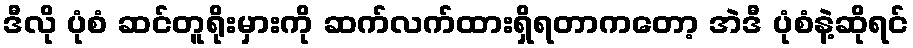
ဒီလို ပုံစံ ဆင်တူရိုးမှားကို ဆက်လက်ထားရှိရတာကတော့ အဲဒီ ပုံစံနဲ့ဆိုရင်